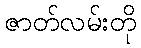
ဇာတ်လမ်းတို